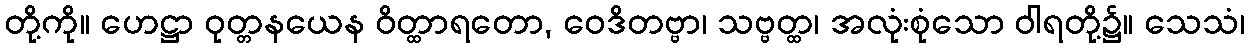
တို့ကို။ ဟေဋ္ဌာ ဝုတ္တနယေန ဝိတ္ထာရတော, ဝေဒိတဗ္ဗာ၊ သဗ္ဗတ္ထ၊ အလုံးစုံသော ဝါရတို့၌။ သေသံ၊